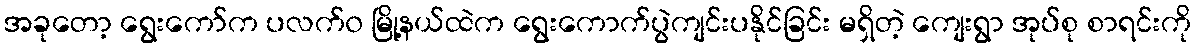
အခုတော့ ရွေးကော်က ပလက်၀ မြို့နယ်ထဲက ရွေးကောက်ပွဲကျင်းပနိုင်ခြင်း မရှိတဲ့ ကျေးရွာ အုပ်စု စာရင်းကို